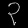
Digit: ၃